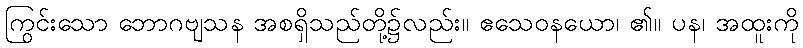
ကြွင်းသော ဘောဂဗျသန အစရှိသည်တို့၌လည်း။ ဧသေဝနယော၊ ၏။ ပန၊ အထူးကို